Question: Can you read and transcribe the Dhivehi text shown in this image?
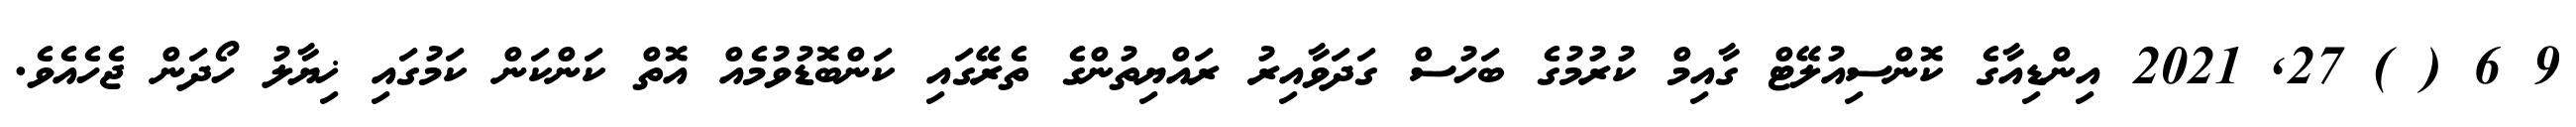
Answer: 9 6 ( ) 27, 2021 އިންޑިއާގެ ކޮންސިއުލޭޓް ގާއިމް ކުރުމުގެ ބަހުސް ގަދަވާއިރު ރައްޔިތުންގެ ތެރޭގައި ކަންބޮޑުވުމެއް އޮތް ކަންކަން ކަމުގައި ޚިޔާލު ހޯދަން ޖެހެއެވެ.